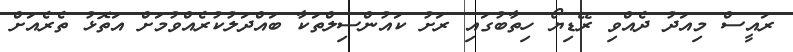
ރައީސް މިއަދު ދެއްވި ރޭޑިޔޯ ހިތާބުގައި ރަށު ކައުންސިލްތަކާ ބައްދަލުކުރެއްވުމަށް އަތޮޅު ތެރެއަށް